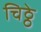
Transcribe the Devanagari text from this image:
चिठ्ठे